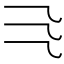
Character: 𰀰